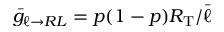
\bar { g } _ { \ell \to R L } = p ( 1 - p ) R _ { \mathrm { T } } / \bar { \ell }